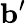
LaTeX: {\mathbf{b}}^{\prime}